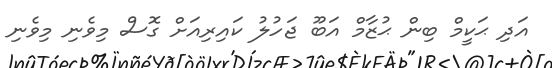
އަދި ޙަކީމް ބިން ޙުޒާމް އަބޫ ޖަހުލު ކައިރިއަށް ގޮސް މިވެނި މިވެނި